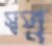
স্বপ্ন